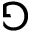
\Game